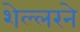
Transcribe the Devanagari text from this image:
शेल्लरने